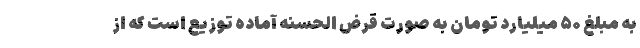
به مبلغ ۵۰ میلیارد تومان به صورت قرض الحسنه آماده توزیع است که از